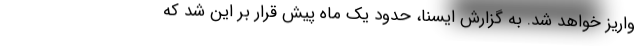
واریز خواهد شد. به گزارش ایسنا، حدود یک ماه پیش قرار بر این شد که